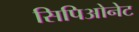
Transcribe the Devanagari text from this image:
सिपिओनेट